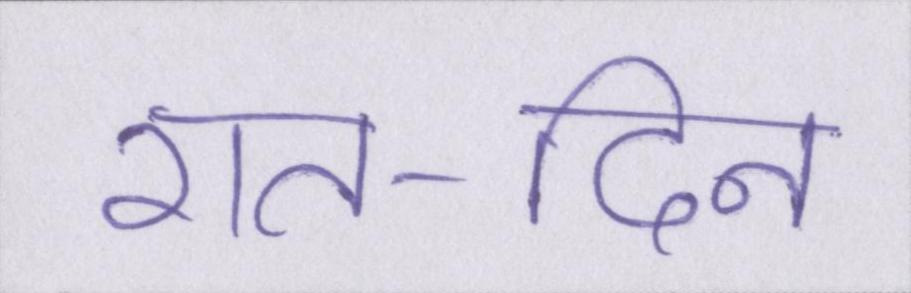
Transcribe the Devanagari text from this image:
रात-दिन